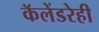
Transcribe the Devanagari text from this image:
कॅलेंडरेही